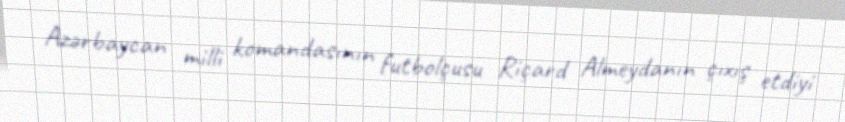
Azərbaycan milli komandasının futbolçusu Riçard Almeydanın çıxış etdiyi